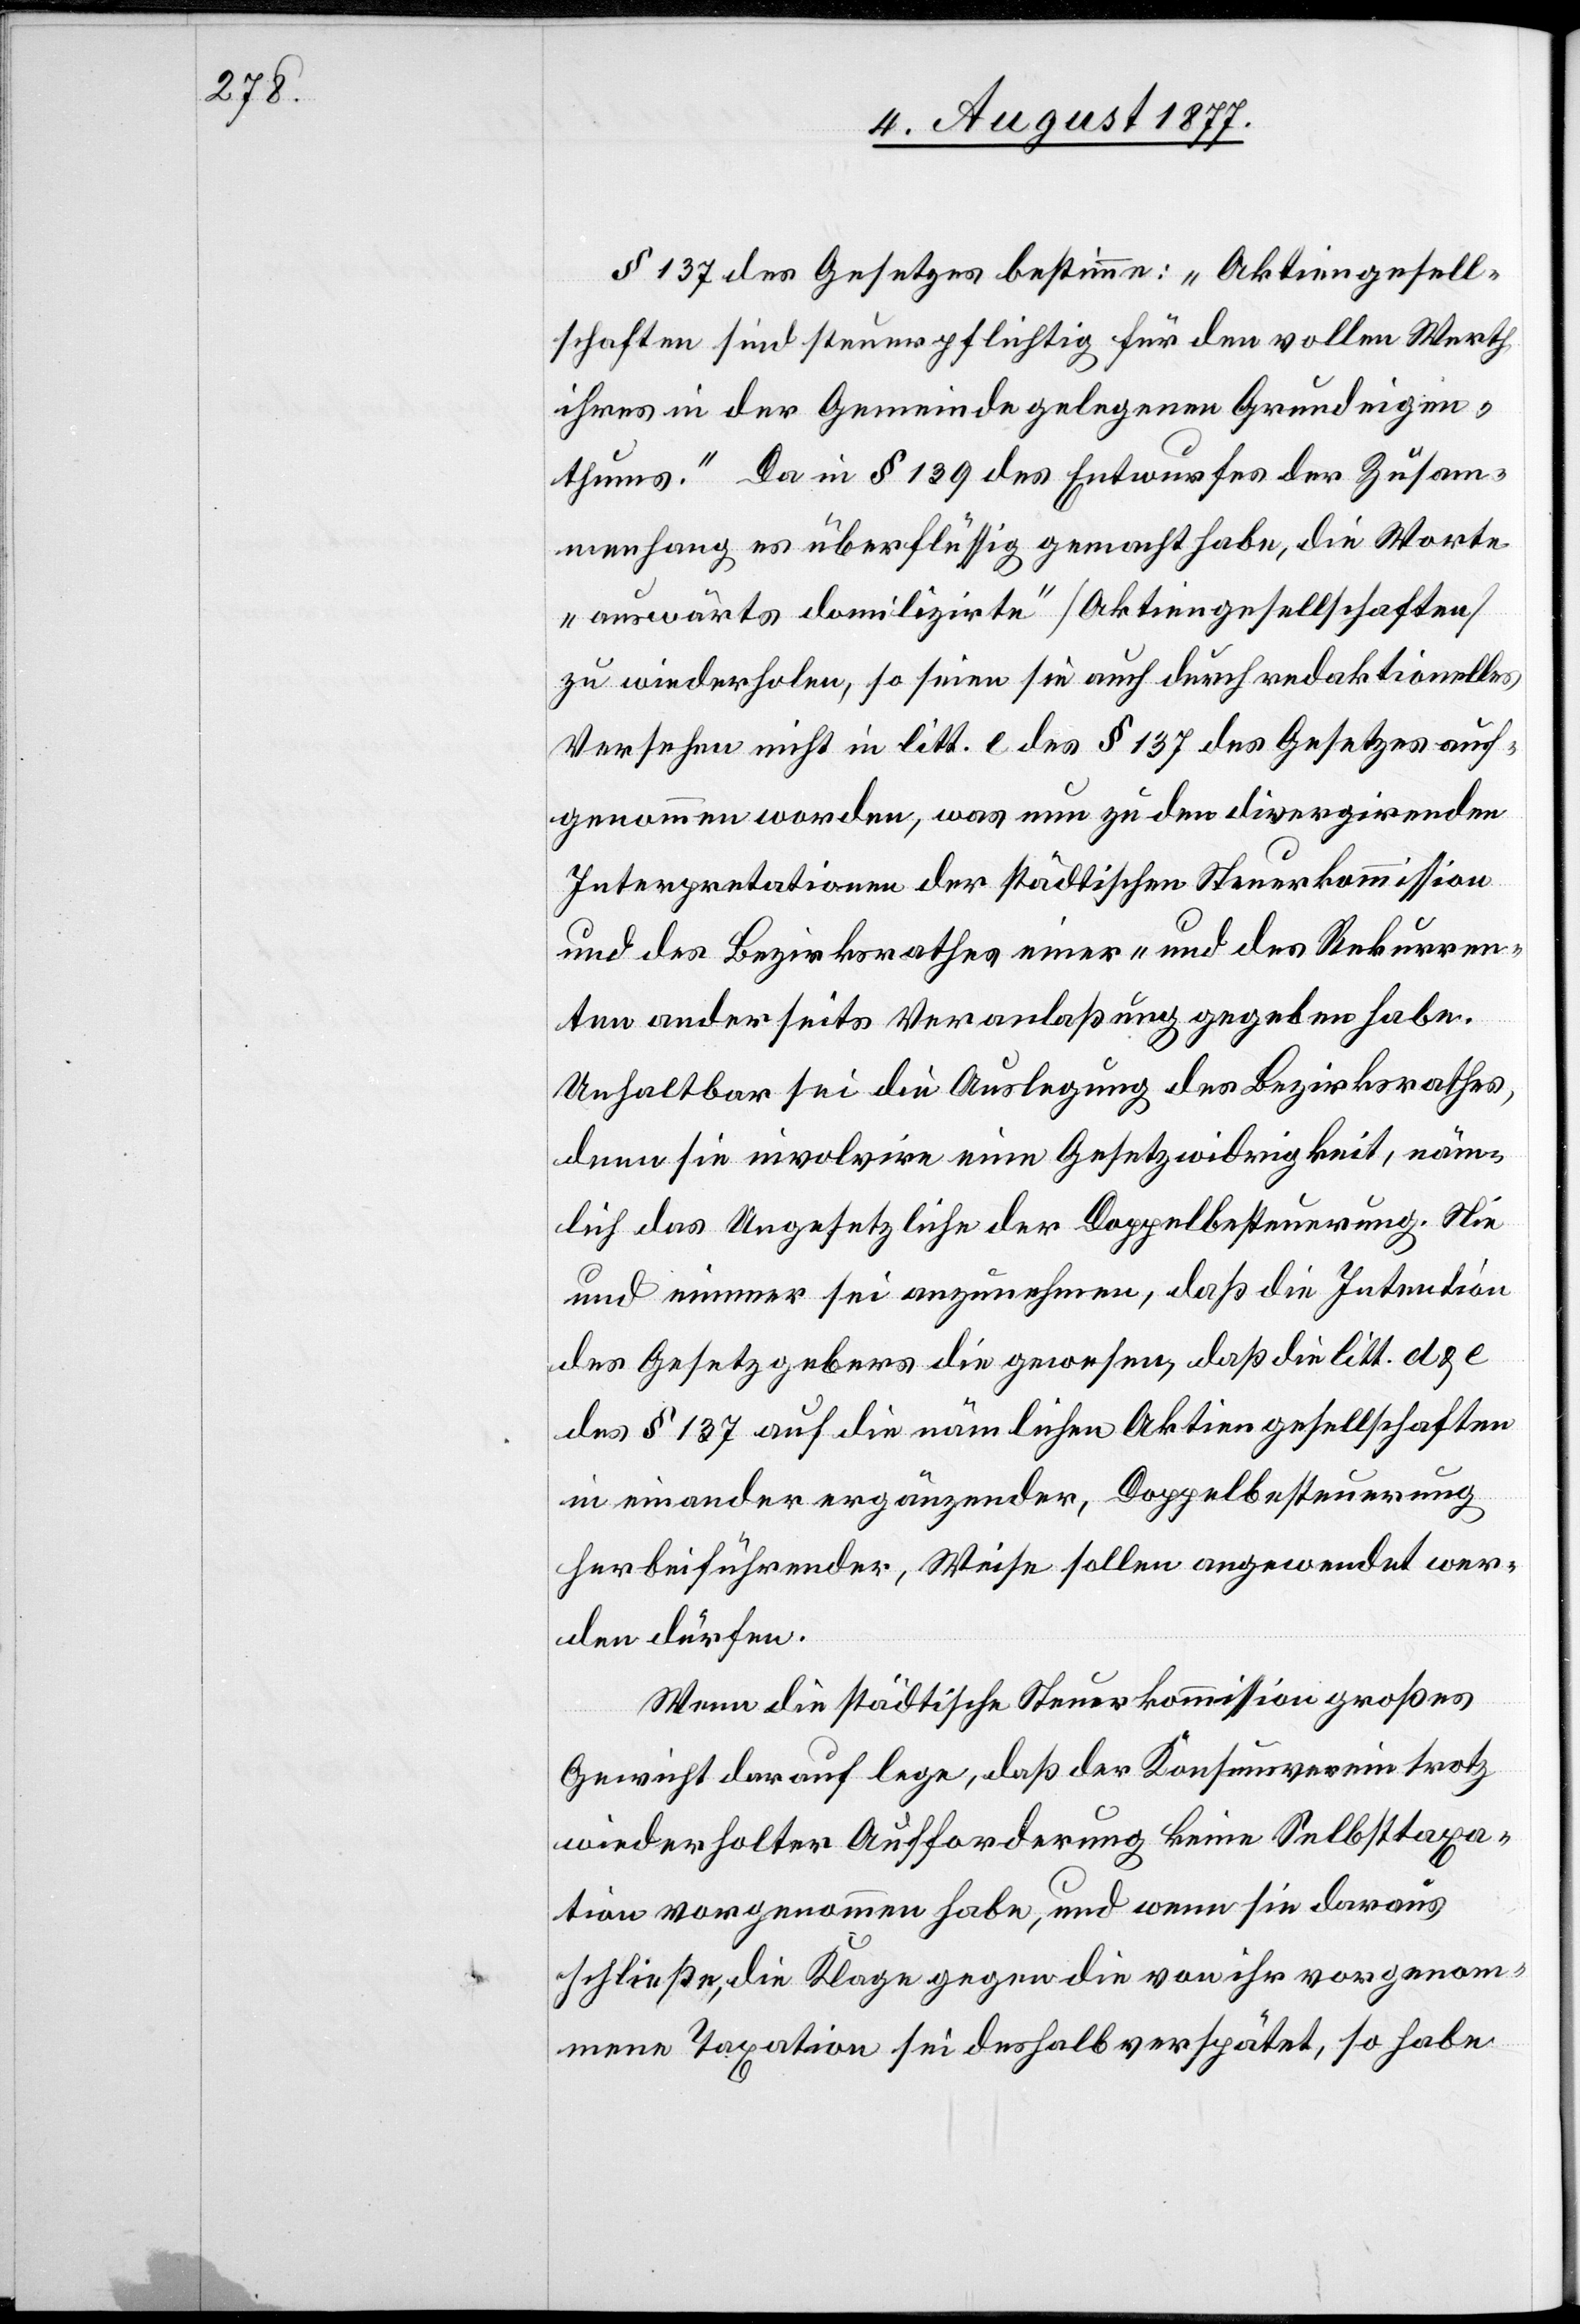
§ 137 des Gesetzes bestimme: „Aktiengesell¬
schaften sind steuerpflichtig für den vollen Werth
ihres in der Gemeinde gelegenen Grundeigen¬
thums.“ Da in § 139 des Entwurfes der Zusam¬
menhang es überflüssig gemacht habe, die Worte
„auswärts domilizirte [recte: domizilirte]“ [Aktiengesellschaften]
zu wiederholen, so seien sie auch durch redaktionelles
Versehen nicht in litt. e des § 137 des Gesetzes auf¬
genommen worden, was nun zu den divergirenden
Interpretationen der städtischen Steuerkommission
und des Bezirksrathes einer- und des Rekurren¬
ten anderseits Veranlaßung gegeben habe.
Unhaltbar sei die Auslegung des Bezirksrathes,
denn sie involvire eine Gesetzwidrigkeit, näm¬
lich das Ungesetzliche der Doppelbesteuerung. Nie
und nimmer sei anzunehmen, daß die Intention
des Gesetzgebers die gewesen, daß die litt. d & e
des § 137 auf die nämlichen Aktiengesellschaften
in einander ergänzender, Doppelbesteuerung
herbeiführender, Weise sollen angewendet wer¬
den dürfen.
Wenn die städtische Steuerkommission großes
Gewicht darauf lege, daß der Konsumverein trotz
wiederholter Aufforderung keine Selbsttaxa¬
tion vorgenommen habe, und wenn sie daraus
schließe, die Klage gegen die von ihr vorgenom¬
mene Taxation sei deshalb verspätet, so habe